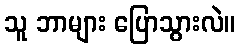
သူ ဘာများ ပြောသွားလဲ။